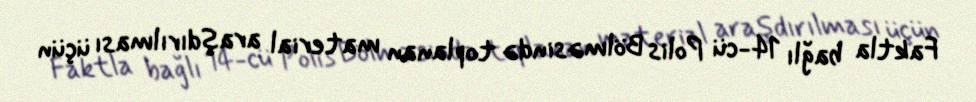
Faktla bağlı 14-cü Polis Bölməsində toplanan material araşdırılması üçün